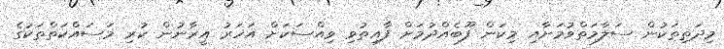
މިދަތިތަކުން ސަލާމަތްވުމަށާއި މިކަން ފޫބެއްދުމަށް ފާއިތުވި ވިއްސަކަށް އަހަރު އީރާނުން ކުރި މަސައްކަތްތަކުގެ